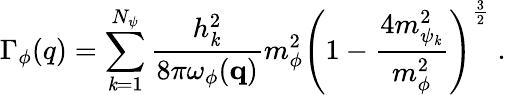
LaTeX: \Gamma_{\phi}(q)=\sum_{\mathit{k}=1}^{N_{\psi}}\frac{{h_{\mathit{k}}^{2}}}{{8\pi\omega_{\phi}({\mathbf{q}})}}m_{\phi}^{2}\left(1-\frac{{4m_{\psi_{\mathit{k}}}^{2}}}{{m_{\phi}^{2}}}\right)^{\frac{{3}}{{2}}}\; .